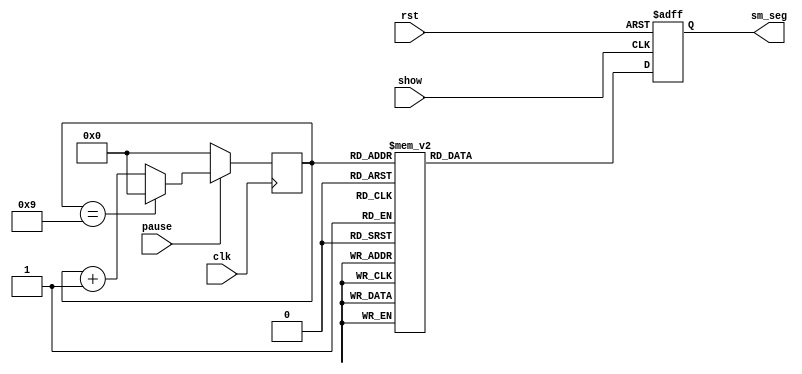
module clock(
    input show,
    input clk,
    input pause,
    input rst,
    output reg[6:0]sm_seg
    );
    
reg [3:0]timesec0;

initial begin
sm_seg=1;
timesec0=0;
end

always @(posedge clk) begin
        if(pause) begin
            if(timesec0==9) timesec0=0;
        else timesec0=timesec0+1;  
    end
        if(~pause) timesec0=0;
end

always@(posedge show or negedge rst)
begin
    if(!rst)
        begin
        sm_seg = 7'b0000000;
        end
    else
        case(timesec0)
                0:sm_seg= 7'b1111110;                     //0
                1:sm_seg= 7'b0110000;                     //1
                2:sm_seg= 7'b1101101;                     //2
                3:sm_seg= 7'b1111001;                     //3
                4:sm_seg= 7'b0110011;                     //4
                5:sm_seg= 7'b1011011;                     //5
                6:sm_seg= 7'b1011111;                     //6
                7:sm_seg= 7'b1110000;                     //7
                8:sm_seg= 7'b1111111;                     //8
                9:sm_seg= 7'b1111011;                     //9
                default:
                sm_seg= 7'b0000000;                        //
        endcase
end
endmodule